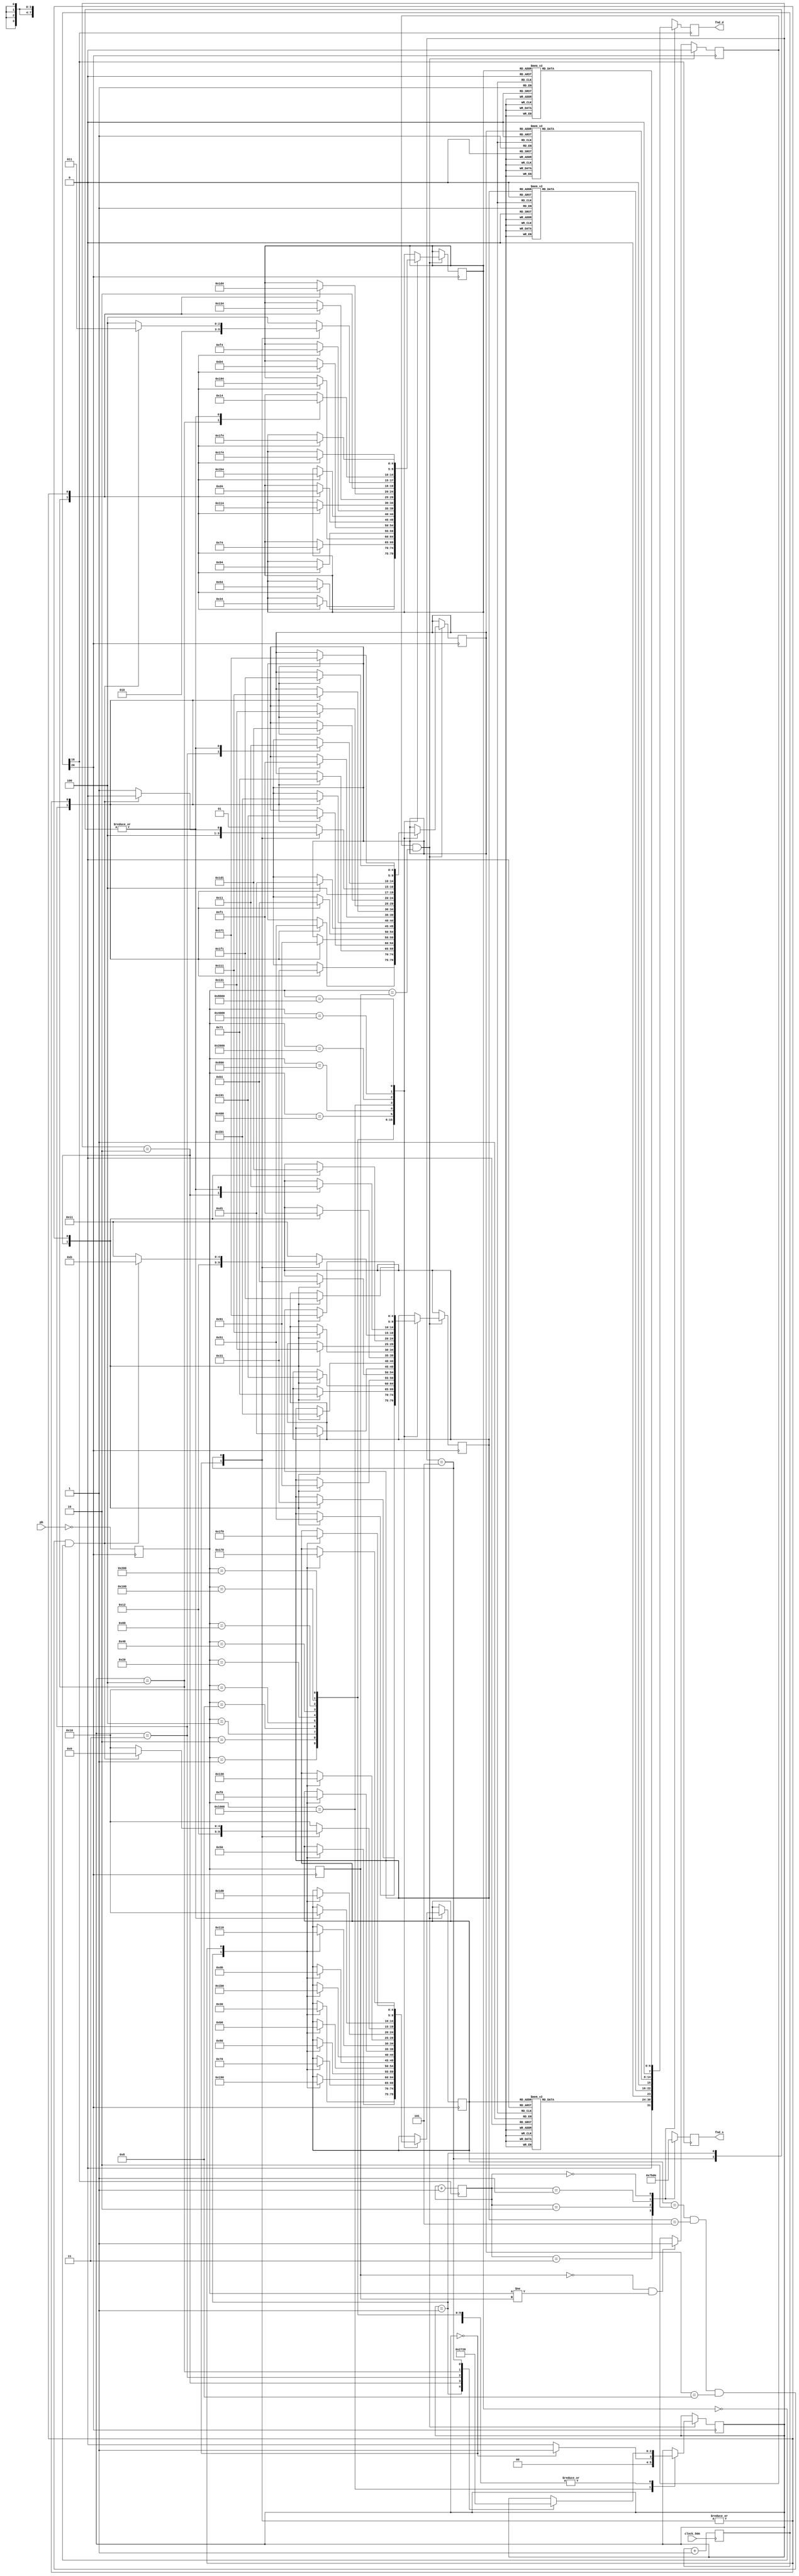
module switch_segment(clock_50m, pb, fnd_s, fnd_d);
	
	// input output.
	input clock_50m;
	input [15:0] pb;
	output reg [3:0] fnd_s;
	output reg [7:0] fnd_d;
	
	// clock.
	reg [15:0] npb;
	reg [31:0] init_counter;
	reg sw_clk;
	reg fnd_clk;
	reg [1:0] fnd_cnt;
	
	// 7-segment.
	reg [4:0] set_no1;
	reg [4:0] set_no2;
	reg [4:0] set_no3;
	reg [4:0] set_no4;
	reg [6:0] seg_1000;
	reg [6:0] seg_100;
	reg [6:0] seg_10;
	reg [6:0] seg_1;
	
	// pass check.
	reg [4:0] save_no1;
	reg [4:0] save_no2;
	reg [4:0] save_no3;
	reg [4:0] save_no4;
	reg pass_ok;
	
	// switch(keypad) control.
	reg [15:0] pb_1st;
	reg [15:0] pb_2nd;
	reg sw_toggle;
	
	// sw_status.
	reg [2:0] sw_status;
	parameter sw_idle = 0;
	parameter sw_start = 1;
	parameter sw_s1 = 2;
	parameter sw_s2 = 3;
	parameter sw_s3 = 4;
	parameter sw_s4 = 5;
	// parameter sw_save = 6;
	// parameter sw_cancel = 7;
	
	// initial.
	initial begin
		sw_status <= sw_idle;
		sw_toggle <= 0;
		npb <= 'h0000;
		pb_1st <= 'h0000;
		pb_2nd <= 'h0000;
		set_no1 <= 18;
		set_no2 <= 18;
		set_no3 <= 18;
		set_no4 <= 18;
		save_no1 <= 2;
		save_no2 <= 5;
		save_no3 <= 8;
		save_no4 <= 0;
		pass_ok <= 1;
	end
	
	// input. clock divider.
	always begin
		npb <= ~pb;						// input
		sw_clk <= init_counter[20];		// clock for keypad(switch)
		fnd_clk <= init_counter[16];	// clock for 7-segment
	end
	
	// clock_50m. clock counter.
	always @(posedge clock_50m) begin
		init_counter <= init_counter + 1;
	end
	
	// sw_clk. get two consecutive inputs to correct switch(keypad) error.
	always @(posedge sw_clk) begin
		pb_2nd <= pb_1st;
		pb_1st <= npb;
		
		if (pb_2nd == 'h0000 && pb_1st != pb_2nd) begin
			sw_toggle <= 1;
		end
		
		if (sw_toggle == 1 && pb_1st == pb_2nd) begin
			sw_toggle <= 0;
			
			case (pb_1st)
			
				'h0001: begin
					case (sw_status)
						sw_idle: begin
							set_no1 <= 16;
							set_no2 <= 17;
							set_no3 <= 17;
							set_no4 <= 20;
							pass_ok <= 0;
						end
						sw_start: begin
							sw_status <= sw_s1;
							set_no1 <= 1;
							pass_ok <= 0;
						end
						sw_s1: begin
							sw_status <= sw_s2;
							set_no2 <= 1;
							pass_ok <= 0;
						end
						sw_s2: begin
							sw_status <= sw_s3;
							set_no3 <= 1;
							pass_ok <= 0;
						end
						sw_s3: begin
							sw_status <= sw_s4;
							set_no4 <= 1;
							pass_ok <= 0;
						end
						sw_s4: begin
							sw_status <= sw_idle;
							set_no1 <= 16;
							set_no2 <= 17;
							set_no3 <= 17;
							set_no4 <= 20;
							pass_ok <= 0;
						end
					endcase
				end
				'h0002: begin
					case (sw_status)
						sw_idle: begin
							set_no1 <= 16;
							set_no2 <= 17;
							set_no3 <= 17;
							set_no4 <= 20;
							pass_ok <= 0;
						end
						sw_start: begin
							sw_status <= sw_s1;
							set_no1 <= 2;
							pass_ok <= 0;
						end
						sw_s1: begin
							sw_status <= sw_s2;
							set_no2 <= 2;
							pass_ok <= 0;
						end
						sw_s2: begin
							sw_status <= sw_s3;
							set_no3 <= 2;
							pass_ok <= 0;
						end
						sw_s3: begin
							sw_status <= sw_s4;
							set_no4 <= 2;
							pass_ok <= 0;
						end
						sw_s4: begin
							sw_status <= sw_idle;
							set_no1 <= 16;
							set_no2 <= 17;
							set_no3 <= 17;
							set_no4 <= 20;
							pass_ok <= 0;
						end
					endcase
				end
				'h0004: begin
					case (sw_status)
						sw_idle: begin
							set_no1 <= 16;
							set_no2 <= 17;
							set_no3 <= 17;
							set_no4 <= 20;
							pass_ok <= 0;
						end
						sw_start: begin
							sw_status <= sw_s1;
							set_no1 <= 3;
							pass_ok <= 0;
						end
						sw_s1: begin
							sw_status <= sw_s2;
							set_no2 <= 3;
							pass_ok <= 0;
						end
						sw_s2: begin
							sw_status <= sw_s3;
							set_no3 <= 3;
							pass_ok <= 0;
						end
						sw_s3: begin
							sw_status <= sw_s4;
							set_no4 <= 3;
							pass_ok <= 0;
						end
						sw_s4: begin
							sw_status <= sw_idle;
							set_no1 <= 16;
							set_no2 <= 17;
							set_no3 <= 17;
							set_no4 <= 20;
							pass_ok <= 0;
						end
					endcase
				end
				'h0008: begin
					case (sw_status)
						sw_idle: begin
							set_no1 <= 16;
							set_no2 <= 17;
							set_no3 <= 17;
							set_no4 <= 20;
							pass_ok <= 0;
						end
						sw_start: begin
							sw_status <= sw_s1;
							set_no1 <= 12;
							pass_ok <= 0;
						end
						sw_s1: begin
							sw_status <= sw_s2;
							set_no2 <= 12;
							pass_ok <= 0;
						end
						sw_s2: begin
							sw_status <= sw_s3;
							set_no3 <= 12;
							pass_ok <= 0;
						end
						sw_s3: begin
							sw_status <= sw_s4;
							set_no4 <= 12;
							pass_ok <= 0;
						end
						sw_s4: begin
							sw_status <= sw_idle;
							set_no1 <= 16;
							set_no2 <= 17;
							set_no3 <= 17;
							set_no4 <= 20;
							pass_ok <= 0;
						end
					endcase
				end
				'h0010: begin
					case (sw_status)
						sw_idle: begin
							set_no1 <= 16;
							set_no2 <= 17;
							set_no3 <= 17;
							set_no4 <= 20;
							pass_ok <= 0;
						end
						sw_start: begin
							sw_status <= sw_s1;
							set_no1 <= 4;
							pass_ok <= 0;
						end
						sw_s1: begin
							sw_status <= sw_s2;
							set_no2 <= 4;
							pass_ok <= 0;
						end
						sw_s2: begin
							sw_status <= sw_s3;
							set_no3 <= 4;
							pass_ok <= 0;
						end
						sw_s3: begin
							sw_status <= sw_s4;
							set_no4 <= 4;
							pass_ok <= 0;
						end
						sw_s4: begin
							sw_status <= sw_idle;
							set_no1 <= 16;
							set_no2 <= 17;
							set_no3 <= 17;
							set_no4 <= 20;
							pass_ok <= 0;
						end
					endcase
				end
				'h0020: begin
					case (sw_status)
						sw_idle: begin
							set_no1 <= 16;
							set_no2 <= 17;
							set_no3 <= 17;
							set_no4 <= 20;
							pass_ok <= 0;
						end
						sw_start: begin
							sw_status <= sw_s1;
							set_no1 <= 5;
							pass_ok <= 0;
						end
						sw_s1: begin
							sw_status <= sw_s2;
							set_no2 <= 5;
							pass_ok <= 0;
						end
						sw_s2: begin
							sw_status <= sw_s3;
							set_no3 <= 5;
							pass_ok <= 0;
						end
						sw_s3: begin
							sw_status <= sw_s4;
							set_no4 <= 5;
							pass_ok <= 0;
						end
						sw_s4: begin
							sw_status <= sw_idle;
							set_no1 <= 16;
							set_no2 <= 17;
							set_no3 <= 17;
							set_no4 <= 20;
							pass_ok <= 0;
						end
					endcase
				end
				'h0040: begin
					case (sw_status)
						sw_idle: begin
							set_no1 <= 16;
							set_no2 <= 17;
							set_no3 <= 17;
							set_no4 <= 20;
							pass_ok <= 0;
						end
						sw_start: begin
							sw_status <= sw_s1;
							set_no1 <= 6;
							pass_ok <= 0;
						end
						sw_s1: begin
							sw_status <= sw_s2;
							set_no2 <= 6;
							pass_ok <= 0;
						end
						sw_s2: begin
							sw_status <= sw_s3;
							set_no3 <= 6;
							pass_ok <= 0;
						end
						sw_s3: begin
							sw_status <= sw_s4;
							set_no4 <= 6;
							pass_ok <= 0;
						end
						sw_s4: begin
							sw_status <= sw_idle;
							set_no1 <= 16;
							set_no2 <= 17;
							set_no3 <= 17;
							set_no4 <= 20;
							pass_ok <= 0;
						end
					endcase
				end
				'h0080: begin
					case (sw_status)
						sw_idle: begin
							set_no1 <= 16;
							set_no2 <= 17;
							set_no3 <= 17;
							set_no4 <= 20;
							pass_ok <= 0;
						end
						sw_start: begin
							sw_status <= sw_s1;
							set_no1 <= 13;
							pass_ok <= 0;
						end
						sw_s1: begin
							sw_status <= sw_s2;
							set_no2 <= 13;
							pass_ok <= 0;
						end
						sw_s2: begin
							sw_status <= sw_s3;
							set_no3 <= 13;
							pass_ok <= 0;
						end
						sw_s3: begin
							sw_status <= sw_s4;
							set_no4 <= 13;
							pass_ok <= 0;
						end
						sw_s4: begin
							sw_status <= sw_idle;
							set_no1 <= 16;
							set_no2 <= 17;
							set_no3 <= 17;
							set_no4 <= 20;
							pass_ok <= 0;
						end
					endcase
				end
				'h0100: begin
					case (sw_status)
						sw_idle: begin
							set_no1 <= 16;
							set_no2 <= 17;
							set_no3 <= 17;
							set_no4 <= 20;
							pass_ok <= 0;
						end
						sw_start: begin
							sw_status <= sw_s1;
							set_no1 <= 7;
							pass_ok <= 0;
						end
						sw_s1: begin
							sw_status <= sw_s2;
							set_no2 <= 7;
							pass_ok <= 0;
						end
						sw_s2: begin
							sw_status <= sw_s3;
							set_no3 <= 7;
							pass_ok <= 0;
						end
						sw_s3: begin
							sw_status <= sw_s4;
							set_no4 <= 7;
							pass_ok <= 0;
						end
						sw_s4: begin
							sw_status <= sw_idle;
							set_no1 <= 16;
							set_no2 <= 17;
							set_no3 <= 17;
							set_no4 <= 20;
							pass_ok <= 0;
						end
					endcase
				end
				'h0200: begin
					case (sw_status)
						sw_idle: begin
							set_no1 <= 16;
							set_no2 <= 17;
							set_no3 <= 17;
							set_no4 <= 20;
							pass_ok <= 0;
						end
						sw_start: begin
							sw_status <= sw_s1;
							set_no1 <= 8;
							pass_ok <= 0;
						end
						sw_s1: begin
							sw_status <= sw_s2;
							set_no2 <= 8;
							pass_ok <= 0;
						end
						sw_s2: begin
							sw_status <= sw_s3;
							set_no3 <= 8;
							pass_ok <= 0;
						end
						sw_s3: begin
							sw_status <= sw_s4;
							set_no4 <= 8;
							pass_ok <= 0;
						end
						sw_s4: begin
							sw_status <= sw_idle;
							set_no1 <= 16;
							set_no2 <= 17;
							set_no3 <= 17;
							set_no4 <= 20;
							pass_ok <= 0;
						end
					endcase
				end
				'h0400: begin
					case (sw_status)
						sw_idle: begin
							set_no1 <= 16;
							set_no2 <= 17;
							set_no3 <= 17;
							set_no4 <= 20;
							pass_ok <= 0;
						end
						sw_start: begin
							sw_status <= sw_s1;
							set_no1 <= 9;
							pass_ok <= 0;
						end
						sw_s1: begin
							sw_status <= sw_s2;
							set_no2 <= 9;
							pass_ok <= 0;
						end
						sw_s2: begin
							sw_status <= sw_s3;
							set_no3 <= 9;
							pass_ok <= 0;
						end
						sw_s3: begin
							sw_status <= sw_s4;
							set_no4 <= 9;
							pass_ok <= 0;
						end
						sw_s4: begin
							sw_status <= sw_idle;
							set_no1 <= 16;
							set_no2 <= 17;
							set_no3 <= 17;
							set_no4 <= 20;
							pass_ok <= 0;
						end
					endcase
				end
				'h0800: begin
					case (sw_status)
						sw_idle: begin
							set_no1 <= 16;
							set_no2 <= 17;
							set_no3 <= 17;
							set_no4 <= 20;
							pass_ok <= 0;
						end
						sw_start: begin
							sw_status <= sw_s1;
							set_no1 <= 14;
							pass_ok <= 0;
						end
						sw_s1: begin
							sw_status <= sw_s2;
							set_no2 <= 14;
							pass_ok <= 0;
						end
						sw_s2: begin
							sw_status <= sw_s3;
							set_no3 <= 14;
							pass_ok <= 0;
						end
						sw_s3: begin
							sw_status <= sw_s4;
							set_no4 <= 14;
							pass_ok <= 0;
						end
						sw_s4: begin
							sw_status <= sw_idle;
							set_no1 <= 16;
							set_no2 <= 17;
							set_no3 <= 17;
							set_no4 <= 20;
							pass_ok <= 0;
						end
					endcase
				end
				'h1000: begin	// enter
					case (sw_status)
						sw_idle: begin
							sw_status <= sw_start;
							set_no1 <= 18;
							set_no2 <= 18;
							set_no3 <= 18;
							set_no4 <= 18;
							pass_ok <= 0;
						end
						sw_s4: begin
							sw_status <= sw_idle;
							if (set_no1 == save_no1 && set_no2 == save_no2 && set_no3 == save_no3 && set_no4 == save_no4) begin
								set_no1 <= 0;
								set_no2 <= 11;
								set_no3 <= 16;
								set_no4 <= 19;
								pass_ok <= 1;
							end
							else begin
								set_no1 <= 16;
								set_no2 <= 17;
								set_no3 <= 17;
								set_no4 <= 20;
								pass_ok <= 0;
							end
						end
						default: begin
							sw_status <= sw_idle;
							set_no1 <= 16;
							set_no2 <= 17;
							set_no3 <= 17;
							set_no4 <= 20;
							pass_ok <= 0;
						end
					endcase
				end
				'h2000: begin
					case (sw_status)
						sw_idle: begin
							pass_ok <= 0;
						end
						sw_start: begin
							sw_status <= sw_s1;
							set_no1 <= 16;
							set_no2 <= 17;
							set_no3 <= 17;
							set_no4 <= 20;
							pass_ok <= 0;
						end
						sw_s1: begin
							sw_status <= sw_s2;
							set_no2 <= 0;
							pass_ok <= 0;
						end
						sw_s2: begin
							sw_status <= sw_s3;
							set_no3 <= 0;
							pass_ok <= 0;
						end
						sw_s3: begin
							sw_status <= sw_s4;
							set_no4 <= 0;
							pass_ok <= 0;
						end
						sw_s4: begin
							sw_status <= sw_idle;
							set_no1 <= 16;
							set_no2 <= 17;
							set_no3 <= 17;
							set_no4 <= 20;
							pass_ok <= 0;
						end
					endcase
				end
				'h4000: begin
					case (sw_status)
						sw_idle: begin
							set_no1 <= 16;
							set_no2 <= 17;
							set_no3 <= 17;
							set_no4 <= 20;
							pass_ok <= 0;
						end
						sw_start: begin
							sw_status <= sw_s1;
							set_no1 <= 11;
							pass_ok <= 0;
						end
						sw_s1: begin
							sw_status <= sw_s2;
							set_no2 <= 11;
							pass_ok <= 0;
						end
						sw_s2: begin
							sw_status <= sw_s3;
							set_no3 <= 11;
							pass_ok <= 0;
						end
						sw_s3: begin
							sw_status <= sw_s4;
							set_no4 <= 11;
							pass_ok <= 0;
						end
						sw_s4: begin
							sw_status <= sw_idle;
							set_no1 <= 16;
							set_no2 <= 17;
							set_no3 <= 17;
							set_no4 <= 20;
							pass_ok <= 0;
						end
					endcase
				end
				'h8000: begin
					case (sw_status)
						sw_idle: begin
							set_no1 <= 16;
							set_no2 <= 17;
							set_no3 <= 17;
							set_no4 <= 20;
							pass_ok <= 0;
						end
						sw_start: begin
							sw_status <= sw_s1;
							set_no1 <= 15;
							pass_ok <= 0;
						end
						sw_s1: begin
							sw_status <= sw_s2;
							set_no2 <= 15;
							pass_ok <= 0;
						end
						sw_s2: begin
							sw_status <= sw_s3;
							set_no3 <= 15;
							pass_ok <= 0;
						end
						sw_s3: begin
							sw_status <= sw_s4;
							set_no4 <= 15;
							pass_ok <= 0;
						end
						sw_s4: begin
							sw_status <= sw_idle;
							set_no1 <= 16;
							set_no2 <= 17;
							set_no3 <= 17;
							set_no4 <= 20;
							pass_ok <= 0;
						end
					endcase
				end
			endcase
		end
	end
	
	// 7-segment.
	always @(set_no1) begin
		case (set_no1)
			0: seg_1000 <= 'b0011_1111;
			1: seg_1000 <= 'b0000_0110;
			2: seg_1000 <= 'b0101_1011;
			3: seg_1000 <= 'b0100_1111;
			4: seg_1000 <= 'b0110_0110;
			5: seg_1000 <= 'b0110_1101;
			6: seg_1000 <= 'b0111_1101;
			7: seg_1000 <= 'b0000_0111;
			8: seg_1000 <= 'b0111_1111;
			9: seg_1000 <= 'b0110_0111;
			10: seg_1000 <= 'b0111_1000;
			11: seg_1000 <= 'b0111_0011;
			12: seg_1000 <= 'b0111_0111;
			13: seg_1000 <= 'b0111_1100;
			14: seg_1000 <= 'b0011_1001;
			15: seg_1000 <= 'b0101_1110;
			16: seg_1000 <= 'b0111_1001;
			17: seg_1000 <= 'b0101_0000;
			18: seg_1000 <= 'b0100_0000;
			19: seg_1000 <= 'b0101_0100;
			default: seg_1000 <= 'b0000_0000;
		endcase
	end
	always @(set_no2) begin
		case (set_no2)
			0: seg_100 <= 'b0011_1111;
			1: seg_100 <= 'b0000_0110;
			2: seg_100 <= 'b0101_1011;
			3: seg_100 <= 'b0100_1111;
			4: seg_100 <= 'b0110_0110;
			5: seg_100 <= 'b0110_1101;
			6: seg_100 <= 'b0111_1101;
			7: seg_100 <= 'b0000_0111;
			8: seg_100 <= 'b0111_1111;
			9: seg_100 <= 'b0110_0111;
			10: seg_100 <= 'b0111_1000;
			11: seg_100 <= 'b0111_0011;
			12: seg_100 <= 'b0111_0111;
			13: seg_100 <= 'b0111_1100;
			14: seg_100 <= 'b0011_1001;
			15: seg_100 <= 'b0101_1110;
			16: seg_100 <= 'b0111_1001;
			17: seg_100 <= 'b0101_0000;
			18: seg_100 <= 'b0100_0000;
			19: seg_100 <= 'b0101_0100;
			default: seg_100 <= 'b0000_0000;
		endcase
	end
	always @(set_no3) begin
		case (set_no3)
			0: seg_10 <= 'b0011_1111;
			1: seg_10 <= 'b0000_0110;
			2: seg_10 <= 'b0101_1011;
			3: seg_10 <= 'b0100_1111;
			4: seg_10 <= 'b0110_0110;
			5: seg_10 <= 'b0110_1101;
			6: seg_10 <= 'b0111_1101;
			7: seg_10 <= 'b0000_0111;
			8: seg_10 <= 'b0111_1111;
			9: seg_10 <= 'b0110_0111;
			10: seg_10 <= 'b0111_1000;
			11: seg_10 <= 'b0111_0011;
			12: seg_10 <= 'b0111_0111;
			13: seg_10 <= 'b0111_1100;
			14: seg_10 <= 'b0011_1001;
			15: seg_10 <= 'b0101_1110;
			16: seg_10 <= 'b0111_1001;
			17: seg_10 <= 'b0101_0000;
			18: seg_10 <= 'b0100_0000;
			19: seg_10 <= 'b0101_0100;
			default: seg_10 <= 'b0000_0000;
		endcase
	end
	always @(set_no4) begin
		case (set_no4)
			0: seg_1 <= 'b0011_1111;
			1: seg_1 <= 'b0000_0110;
			2: seg_1 <= 'b0101_1011;
			3: seg_1 <= 'b0100_1111;
			4: seg_1 <= 'b0110_0110;
			5: seg_1 <= 'b0110_1101;
			6: seg_1 <= 'b0111_1101;
			7: seg_1 <= 'b0000_0111;
			8: seg_1 <= 'b0111_1111;
			9: seg_1 <= 'b0110_0111;
			10: seg_1 <= 'b0111_1000;
			11: seg_1 <= 'b0111_0011;
			12: seg_1 <= 'b0111_0111;
			13: seg_1 <= 'b0111_1100;
			14: seg_1 <= 'b0011_1001;
			15: seg_1 <= 'b0101_1110;
			16: seg_1 <= 'b0111_1001;
			17: seg_1 <= 'b0101_0000;
			18: seg_1 <= 'b0100_0000;
			19: seg_1 <= 'b0101_0100;
			default: seg_1 <= 'b0000_0000;
		endcase
	end
	
	// fnd_clk. output.
	always @(posedge fnd_clk) begin
		fnd_cnt <= fnd_cnt + 1;
		case (fnd_cnt)
			3: begin
				fnd_d <= seg_1000;
				fnd_s <= 'b0111;
			end
			2: begin
				fnd_d <= seg_100;
				fnd_s <= 'b1011;
			end
			1: begin
				fnd_d <= seg_10;
				fnd_s <= 'b1101;
			end
			0: begin
				fnd_d <= seg_1;
				fnd_s <= 'b1110;
			end
		endcase
	end
	
endmodule